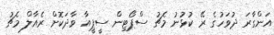
އަންގާރަ ދުވަހުގެ ރޭ ކުޅުނު މެޗު ސްޕޯޓިން ސީޕީއާ ވާދަކޮށް ރެއާލް މެޗު